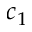
c _ { 1 }